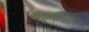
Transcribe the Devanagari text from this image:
वाइहिंगर